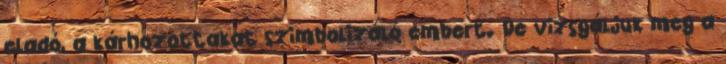
eladó, a kárhozottakat szimbolizáló embert. De vizsgáljuk meg a